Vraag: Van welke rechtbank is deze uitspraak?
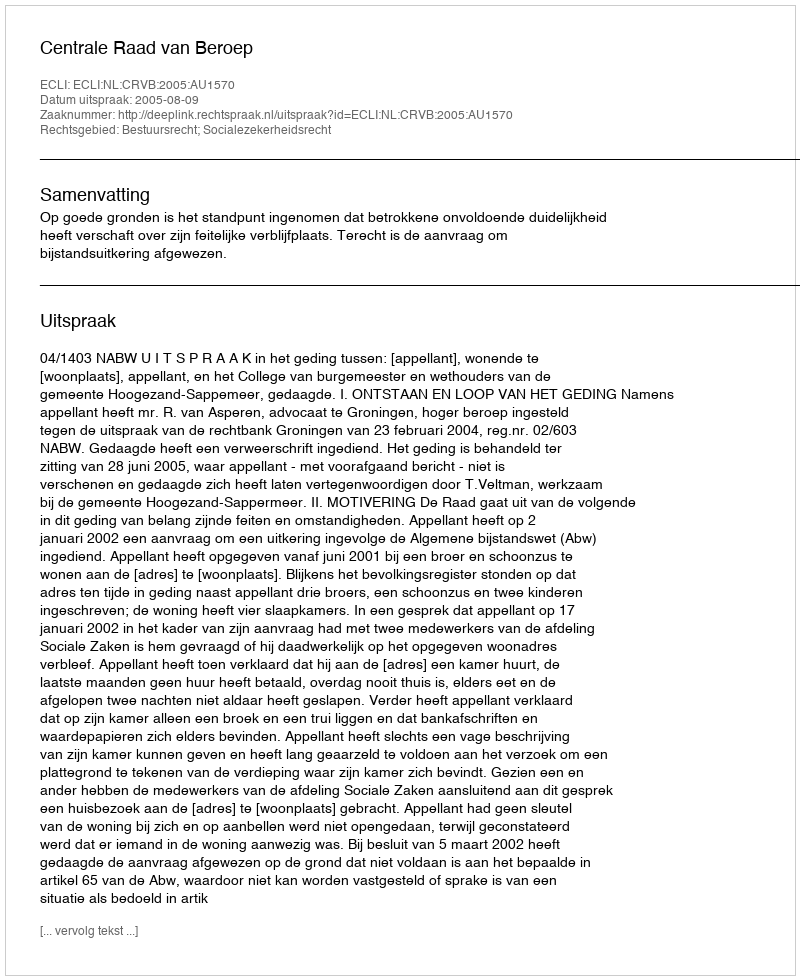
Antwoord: Centrale Raad van Beroep